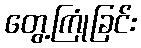
တွေ့ကြုံခြင်း